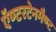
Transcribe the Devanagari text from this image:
ऍण्टरटेनमैण्ट